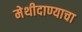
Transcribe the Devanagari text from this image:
मेथीदाण्याचा